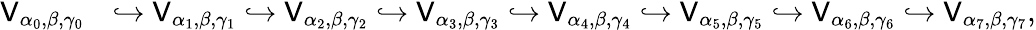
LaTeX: \begin{array}{rl}{{\mathsf V}_{\alpha_{0},\beta,\gamma_{0}}}&{\hookrightarrow{\mathsf V}_{\alpha_{1},\beta,\gamma_{1}}\hookrightarrow{\mathsf V}_{\alpha_{2},\beta,\gamma_{2}}\hookrightarrow{\mathsf V}_{\alpha_{3},\beta,\gamma_{3}}\hookrightarrow{\mathsf V}_{\alpha_{4},\beta,\gamma_{4}}\hookrightarrow{\mathsf V}_{\alpha_{5},\beta,\gamma_{5}}\hookrightarrow{\mathsf V}_{\alpha_{6},\beta,\gamma_{6}}\hookrightarrow{\mathsf V}_{\alpha_{7},\beta,\gamma_{7}},}\end{array}